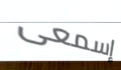
إسمعى